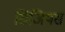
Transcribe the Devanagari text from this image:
सिजियस